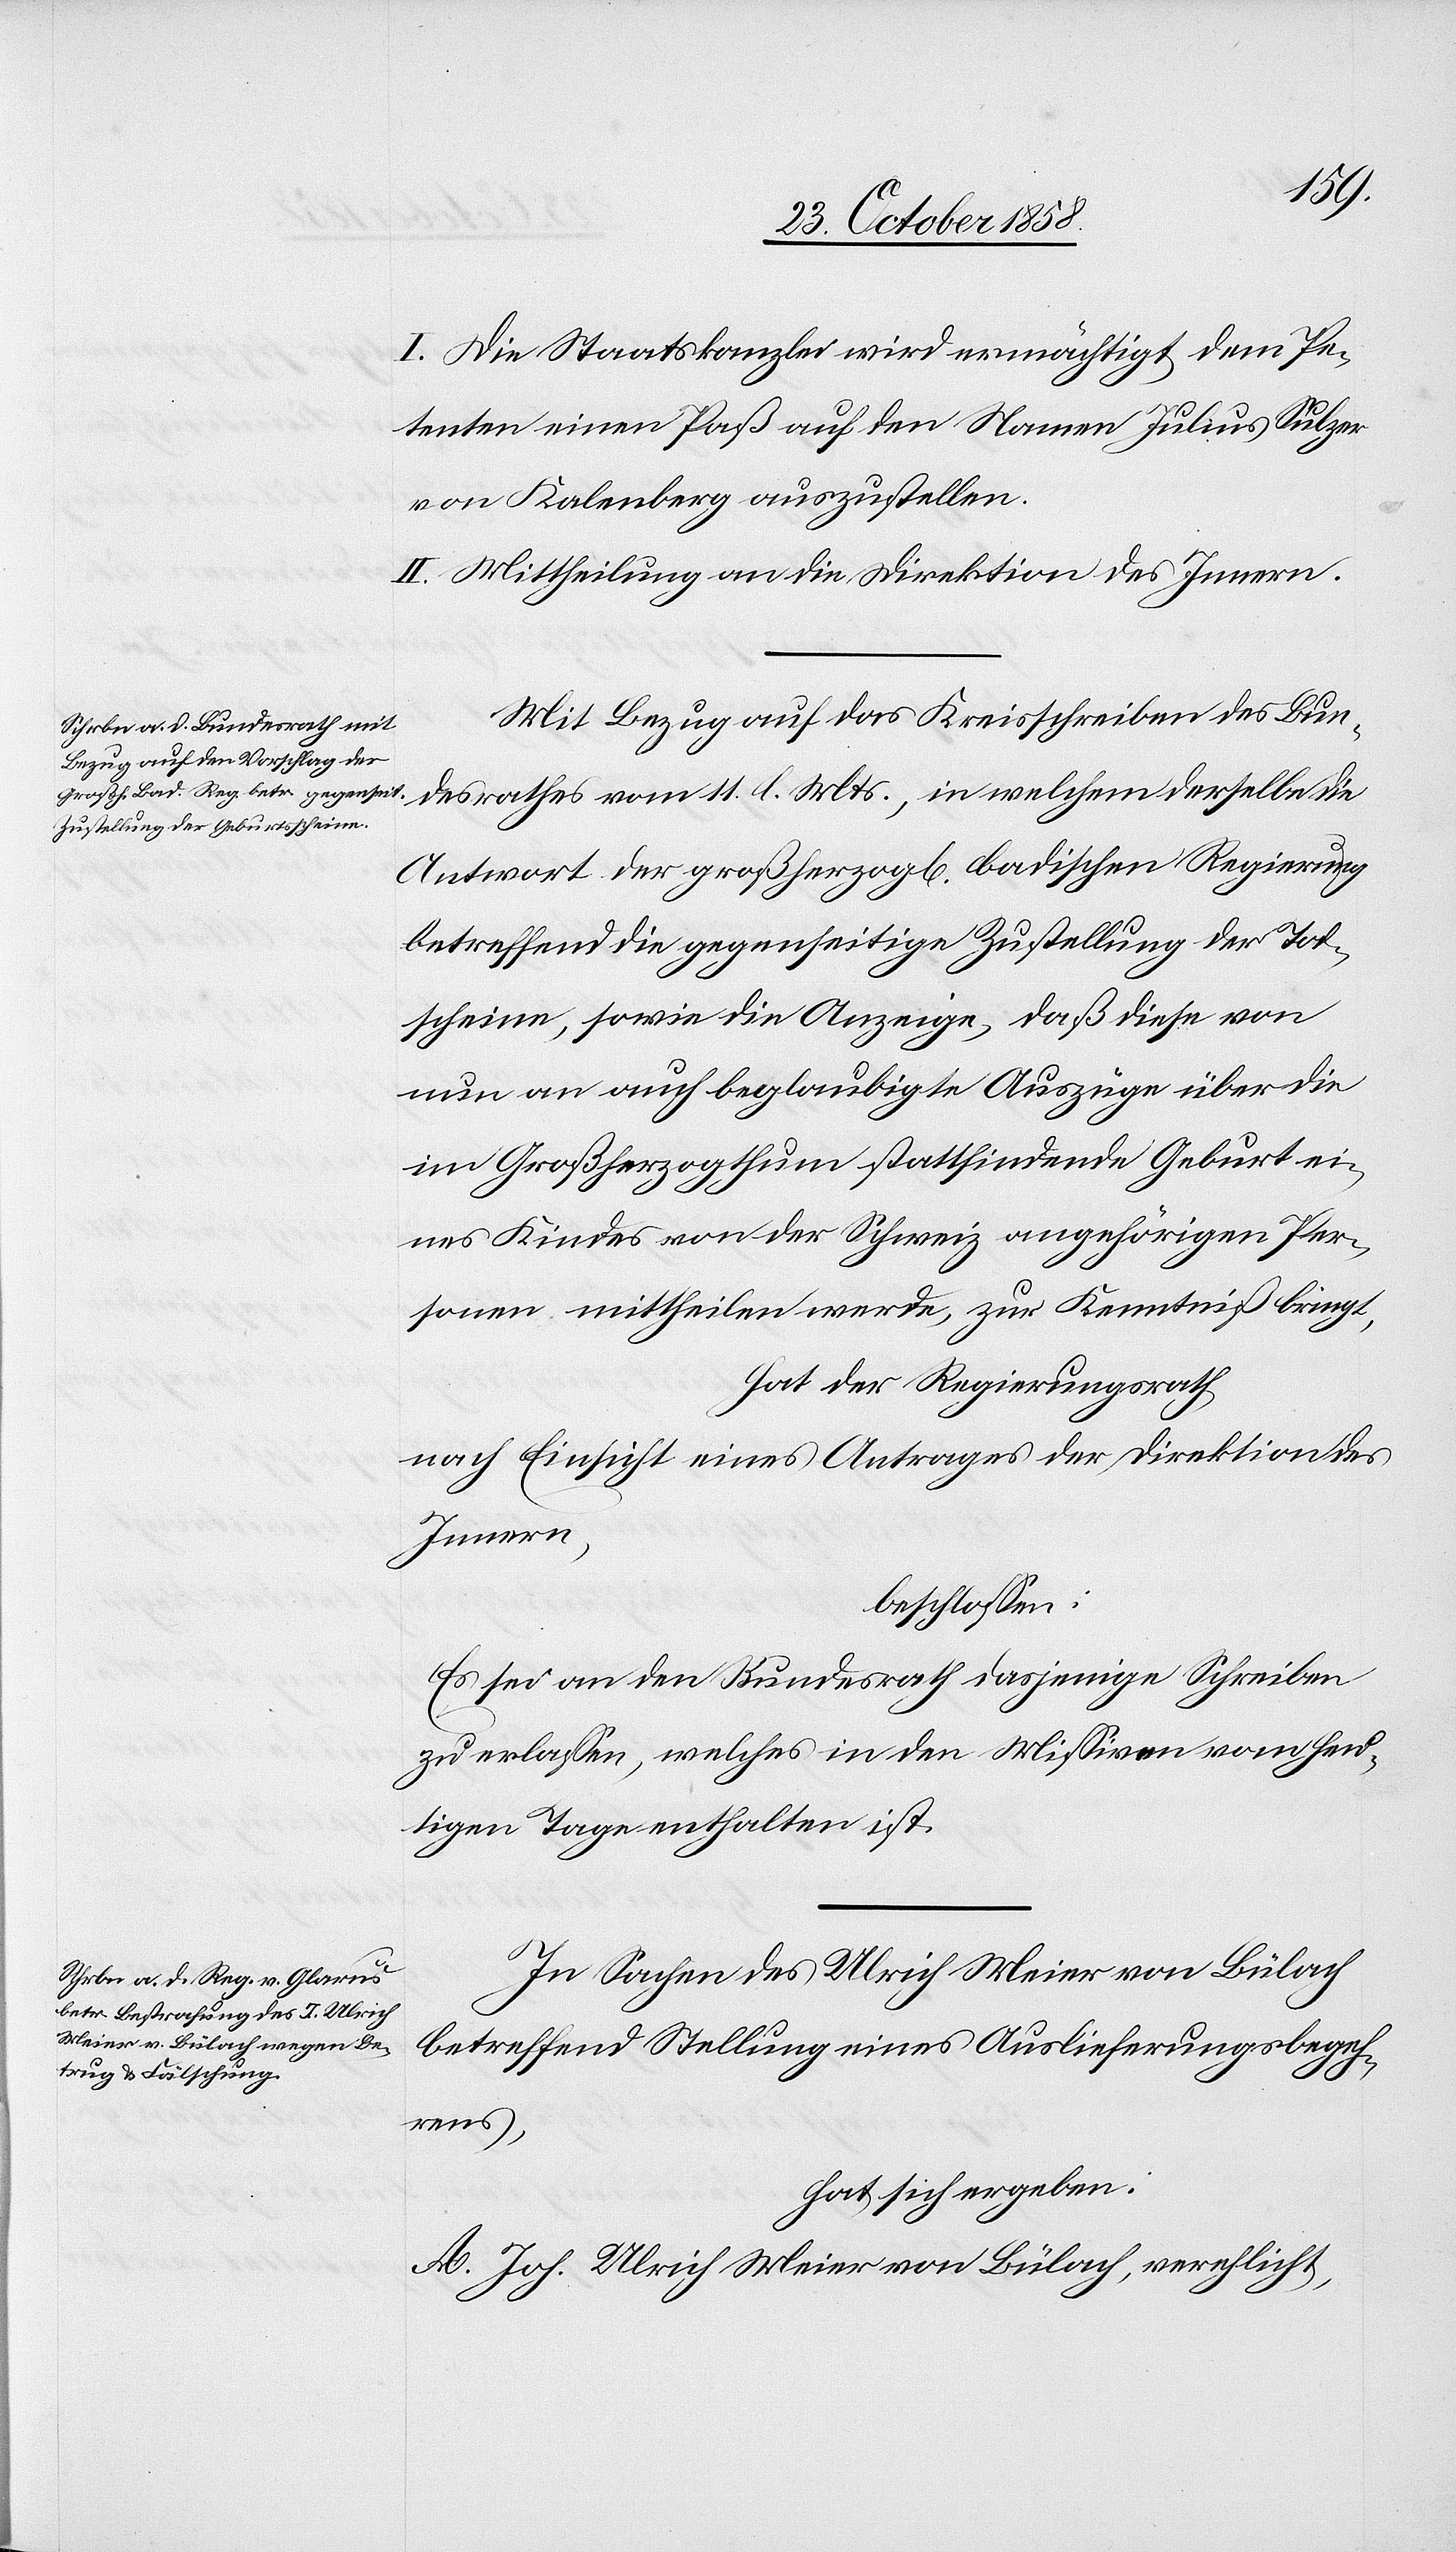
I. Die Staatskanzlei wird ermächtigt dem Pe¬
tenten einen Paß auf den Namen Julius Sulzer
von Kalenberg auszustellen.
II. Mittheilung an die Direktion des Innern.
Mit Bezug auf das Kreisschreiben des Bun¬
desrathes vom 11. l. Mts., in welchem derselbe die
Antwort der großherzogl[ich] badischen Regierung
betreffend die gegenseitige Zustellung der Tod¬
scheine, sowie die Anzeige, daß diese von
nun an auch beglaubigte Auszüge über die
im Großherzogthum stattfindende Geburt ei¬
nes Kindes von der Schweiz angehörigen Per¬
sonen mittheilen werde, zur Kenntniß bringt,
hat der Regierungsrath,
nach Einsicht eines Antrages der Direktion des
Innern,
beschlossen:
Es sei an den Bundesrath dasjenige Schreiben
zu erlassen, welches in den Missiven vom heu¬
tigen Tage enthalten ist.
In Sachen des Ulrich Meier von Bülach
betreffend Stellung eines Auslieferungsbege¬
hrens,
hat sich ergeben:
A. Joh. Ulrich Meier von Bülach, verehlicht,